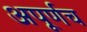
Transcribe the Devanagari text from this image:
अपूर्णच